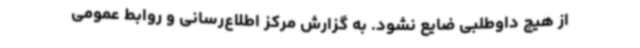
از هیچ داوطلبی ضایع نشود. به گزارش مرکز اطلاع‌رسانی و روابط عمومی